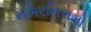
નગરનિગમો